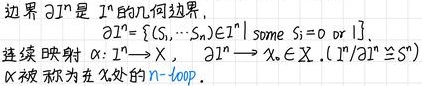
边界 $\partial \Gamma^n$ 是 $\Gamma^n$ 的几何边界,
连续映射 $\partial \Gamma^n=\{(S_1,\cdots,S_n)\in \Gamma^n|\ \text{some}\ S_i = 0\ \text{or}\ 1\}$,
$\alpha$ 被称为在 $X$ 处的 $n$-loop $\alpha:\partial \Gamma^n\rightarrow X,\alpha\in \mathcal{L}(\Gamma^n/\partial \Gamma^n\cong S^n)$.